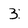
Character: 3